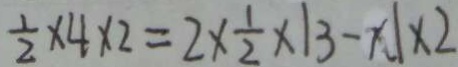
\frac { 1 } { 2 } \times 4 \times 2 = 2 \times \frac { 1 } { 2 } \times \vert 3 - x \vert \times 2